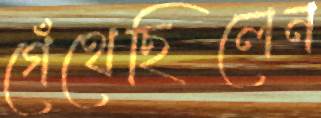
গেঁথেছিলেন